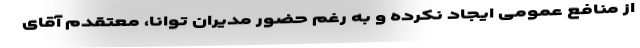
از منافع عمومی ایجاد نکرده و به رغم حضور مدیران توانا، معتقدم آقای